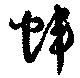
幃